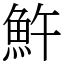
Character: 𩵱